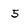
Character: 5